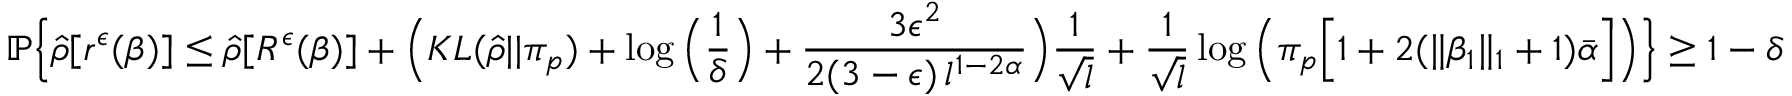
\mathbb { P } \Big \{ \hat { \rho } [ r ^ { \epsilon } ( \beta ) ] \leq \hat { \rho } [ R ^ { \epsilon } ( \beta ) ] + \Big ( K L ( \hat { \rho } | | \pi _ { p } ) + \log \Big ( \frac { 1 } { \delta } \Big ) + \frac { 3 \epsilon ^ { 2 } } { 2 ( 3 - \epsilon ) \, l ^ { 1 - 2 \alpha } } \Big ) \frac { 1 } { \sqrt { l } } + \frac { 1 } { \sqrt { l } } \log \Big ( \pi _ { p } \Big [ 1 + 2 ( \| \beta _ { 1 } \| _ { 1 } + 1 ) \bar { \alpha } \Big ] \Big ) \Big \} \geq 1 - \delta